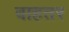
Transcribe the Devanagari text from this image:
बाहतर